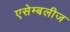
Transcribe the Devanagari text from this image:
एसेम्बलीज